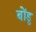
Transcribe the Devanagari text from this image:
बोंडू